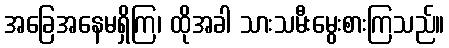
အခြေအနေမရှိကြ၊ ထိုအခါ သားသမီးမွေးစားကြသည်။